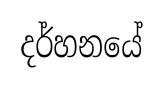
දර්හනයේ